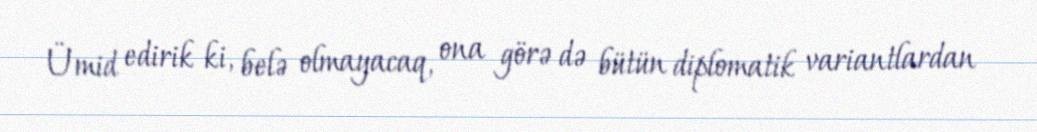
Ümid edirik ki, belə olmayacaq, ona görə də bütün diplomatik variantlardan